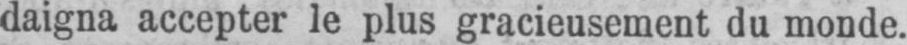
daigna accepter le plus gracieusement du monde.